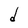
Character: d